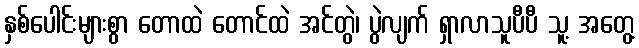
နှစ်ပေါင်းများစွာ တောထဲ တောင်ထဲ အင်တွဲ၊ ပွဲလျက် ရှာလာသူပီပီ သူ့ အတွေ့